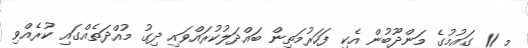
މި 11 ގައުމުގެ މަންދޫބުން އެކި ފަހަރުމަތިން ބައްދަލުކުރައްވައި ދިގު މުއްދަތެއްގައި ކުރެއްވި